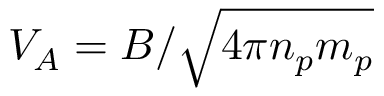
V _ { A } = B / \sqrt { 4 \pi n _ { p } m _ { p } }